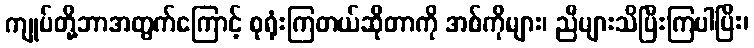
ကျုပ်တို့ဘာအတွက်ကြောင့် စုရုံးကြတယ်ဆိုတာကို အစ်ကိုများ၊ ညီများသိပြီးကြပါပြီး၊